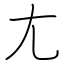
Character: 尢